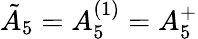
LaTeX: {\tilde{A}}_{5}=A_{5}^{(1)}=A_{5}^{+}